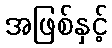
အဖြစ်နှင့်